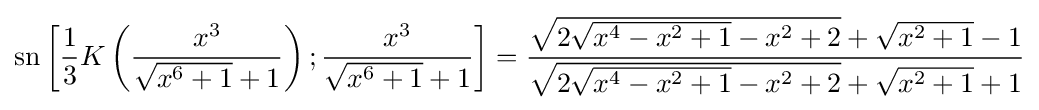
\operatorname {sn} \left[{\frac {1}{3}}K\left({\frac {x^{3}}{{\sqrt {x^{6}+1}}+1}}\right);{\frac {x^{3}}{{\sqrt {x^{6}+1}}+1}}\right]={\frac {{\sqrt {2{\sqrt {x^{4}-x^{2}+1}}-x^{2}+2}}+{\sqrt {x^{2}+1}}-1}{{\sqrt {2{\sqrt {x^{4}-x^{2}+1}}-x^{2}+2}}+{\sqrt {x^{2}+1}}+1}}